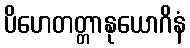
ပိဟေတတ္တာနုယောဂိနံ